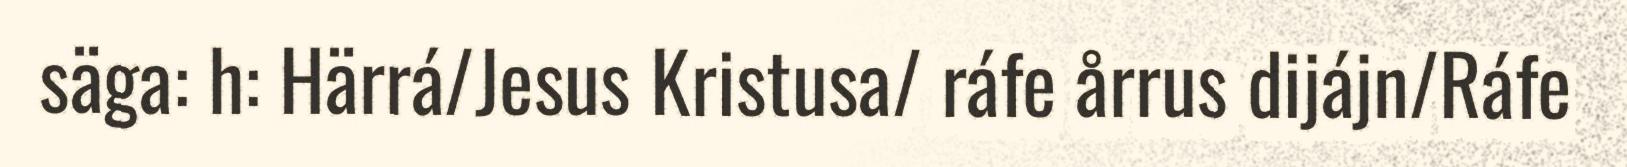
säga: h: Härrá/Jesus Kristusa/ ráfe årrus dijájn/Ráfe